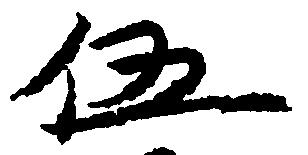
伍